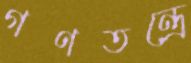
গণতন্ত্রে